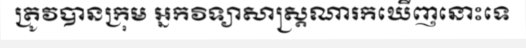
ត្រូវបានក្រុម អ្នកវិទ្យាសាស្ត្រណារកឃើញនោះទេ